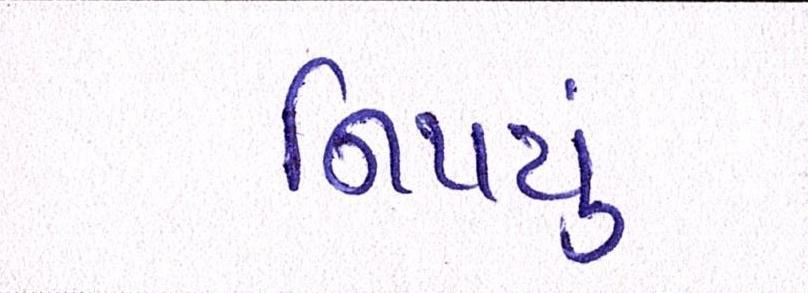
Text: નિપયું